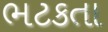
ભટકતા